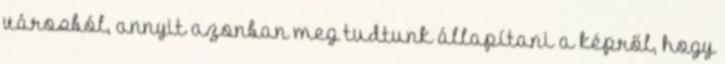
városból, annyit azonban meg tudtunk állapítani a képről, hogy